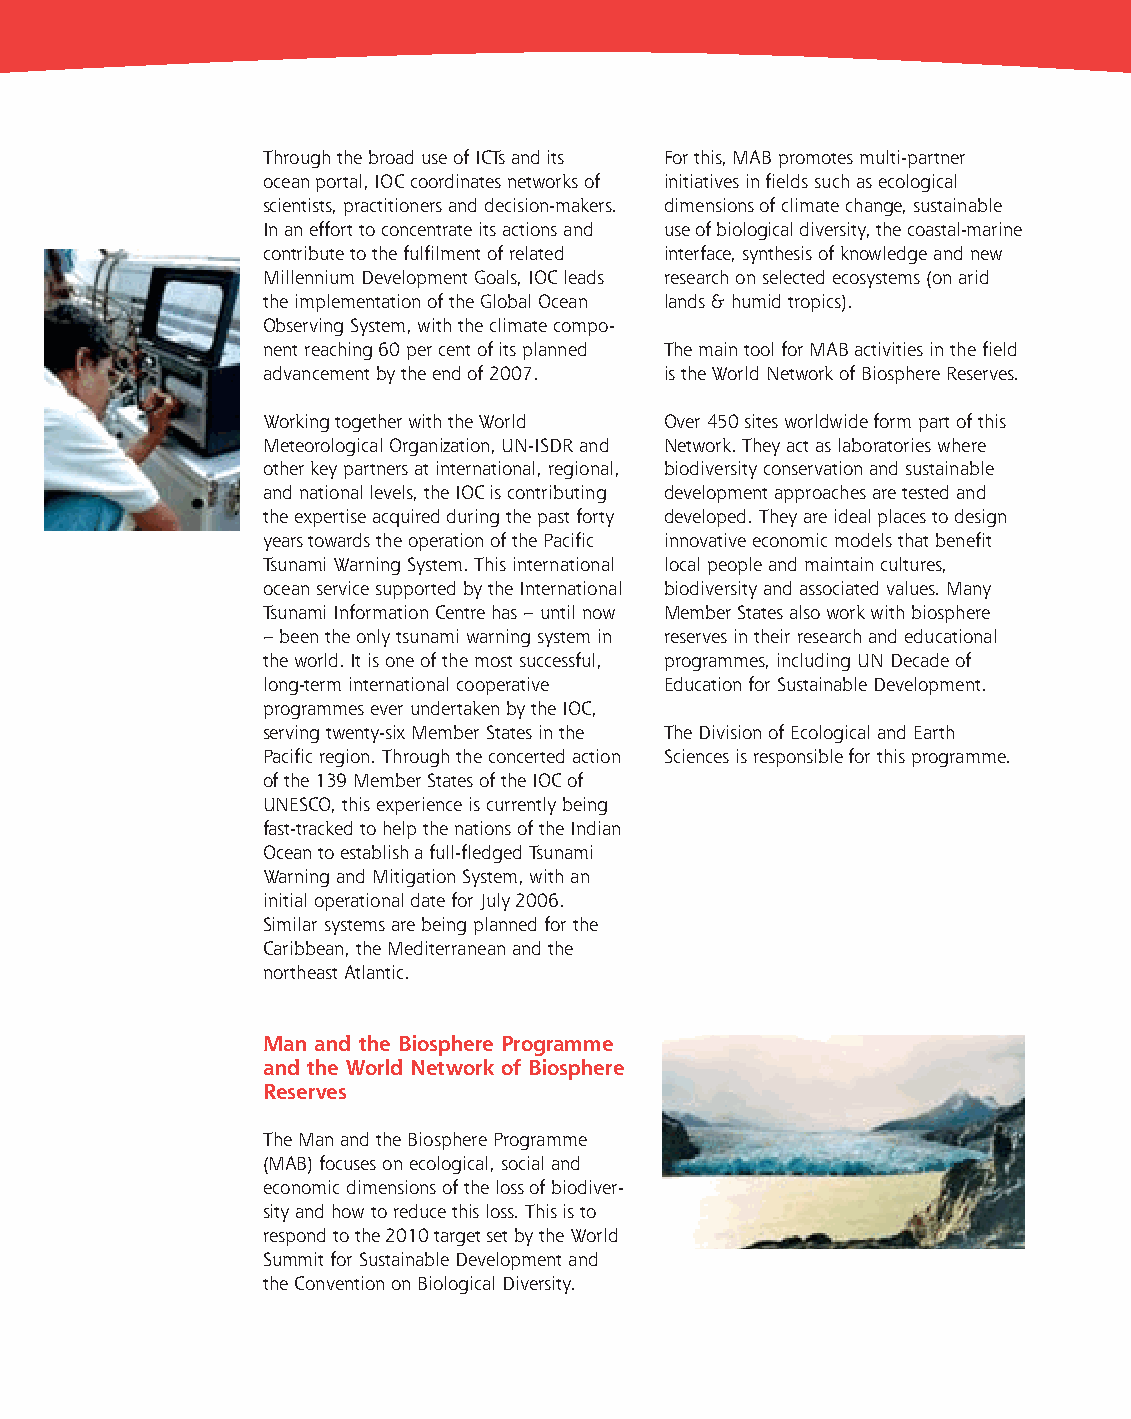
fiches_forward to future_UK 1/11/06 16:41 Page 3
 Through the broad use of ICTs and its For this, MAB promotes multi-partner
 ocean portal, IOC coordinates networks of initiatives in fields such as ecological
 scientists, practitioners and decision-makers. dimensions of climate change, sustainable
 In an effort to concentrate its actions and use of biological diversity, the coastal-marine
 contribute to the fulfilment of related interface, synthesis of knowledge and new
 Millennium Development Goals, IOC leads research on selected ecosystems (on arid
 the implementation of the Global Ocean lands & humid tropics).
 Observing System, with the climate compo-
 nent reaching 60 per cent of its planned The main tool for MAB activities in the field
 advancement by the end of 2007. is the World Network of Biosphere Reserves.
 Working together with the World Over 450 sites worldwide form part of this
 MeteorologicalOrganization, UN-ISDR and Network. They act as laboratories where
 other key partners at international, regional, biodiversity conservation and sustainable
 and national levels, the IOC is contributing development approaches are tested and
 the expertise acquired during the past forty developed. They are ideal places to design
 years towards the operation of the Pacific innovative economic models that benefit
 Tsunami Warning System. This international local people and maintain cultures,
 ocean service supported by the International biodiversity and associated values. Many
 Tsunami Information Centre has – until now Member States also work with biosphere
 – been the only tsunami warning system in reserves in their research and educational
 the world. It is one of the most successful, programmes, including UN Decade of
 long-term international cooperative Education for Sustainable Development.
 programmes ever undertaken by the IOC,
 serving twenty-six Member States in the The Division of Ecological and Earth
 Pacific region. Through the concerted action Sciences is responsible for this programme.
 of the 139 Member States of the IOC of
 UNESCO, this experience is currently being
 fast-tracked to help the nations of the Indian
 Ocean to establish a full-fledged Tsunami
 Warning and Mitigation System, with an
 initial operational date for July 2006.
 Similar systems are being planned for the
 Caribbean, the Mediterranean and the
 northeast Atlantic.
 Man and the Biosphere Programme
 and the World Network of Biosphere
 Reserves
 The Man and the Biosphere Programme
 (MAB) focuses on ecological, social and
 economic dimensions of the loss of biodiver-
 sity and how to reduce this loss. This is to
 respond to the 2010 target set by the World
 Summit for Sustainable Development and
 the Convention on Biological Diversity.